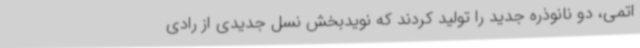
اتمی، دو نانوذره جدید را تولید کردند که نویدبخش نسل جدیدی از رادی